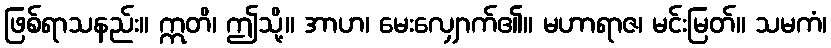
ဖြစ်ရာသနည်း။ ဣတိ၊ ဤသို့။ အာဟ၊ မေးလျှောက်၏။ မဟာရာဇ၊ မင်းမြတ်။ သမကံ၊